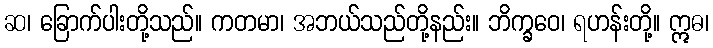
ဆ၊ ခြောက်ပါးတို့သည်။ ကတမာ၊ အဘယ်သည်တို့နည်း။ ဘိက္ခဝေ၊ ရဟန်းတို့။ ဣဓ၊